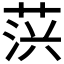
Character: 𦲍